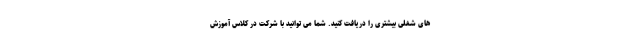
های شغلی بیشتری را دریافت کنید. شما می توانید با شرکت در کلاس آموزش